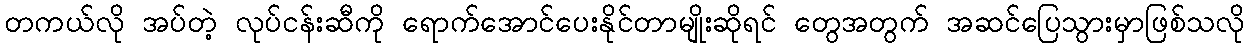
တကယ်လို အပ်တဲ့ လုပ်ငန်းဆီကို ရောက်အောင်ပေးနိုင်တာမျိုးဆိုရင် တွေအတွက် အဆင်ပြေသွားမှာဖြစ်သလို